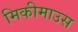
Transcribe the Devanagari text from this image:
मिकीमाउस